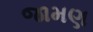
જામણ